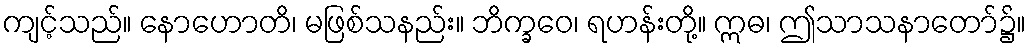
ကျင့်သည်။ နောဟောတိ၊ မဖြစ်သနည်း။ ဘိက္ခဝေ၊ ရဟန်းတို့။ ဣဓ၊ ဤသာသနာတော်၌။